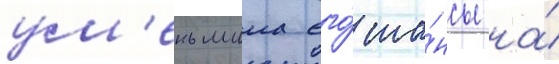
ум'еньшила его́ ша́нсы на́